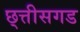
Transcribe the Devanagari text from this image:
छ्त्तीसगड